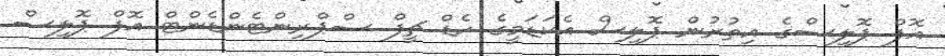
އޮފް ޕޮލިސްގެ އިތުރުން ޕޮލިސް އެކަޑަމީގެ ހެޑް ޗީފް ސްޕްރިންޓެންޑެންޓް އޮފް ޕޮލިސް